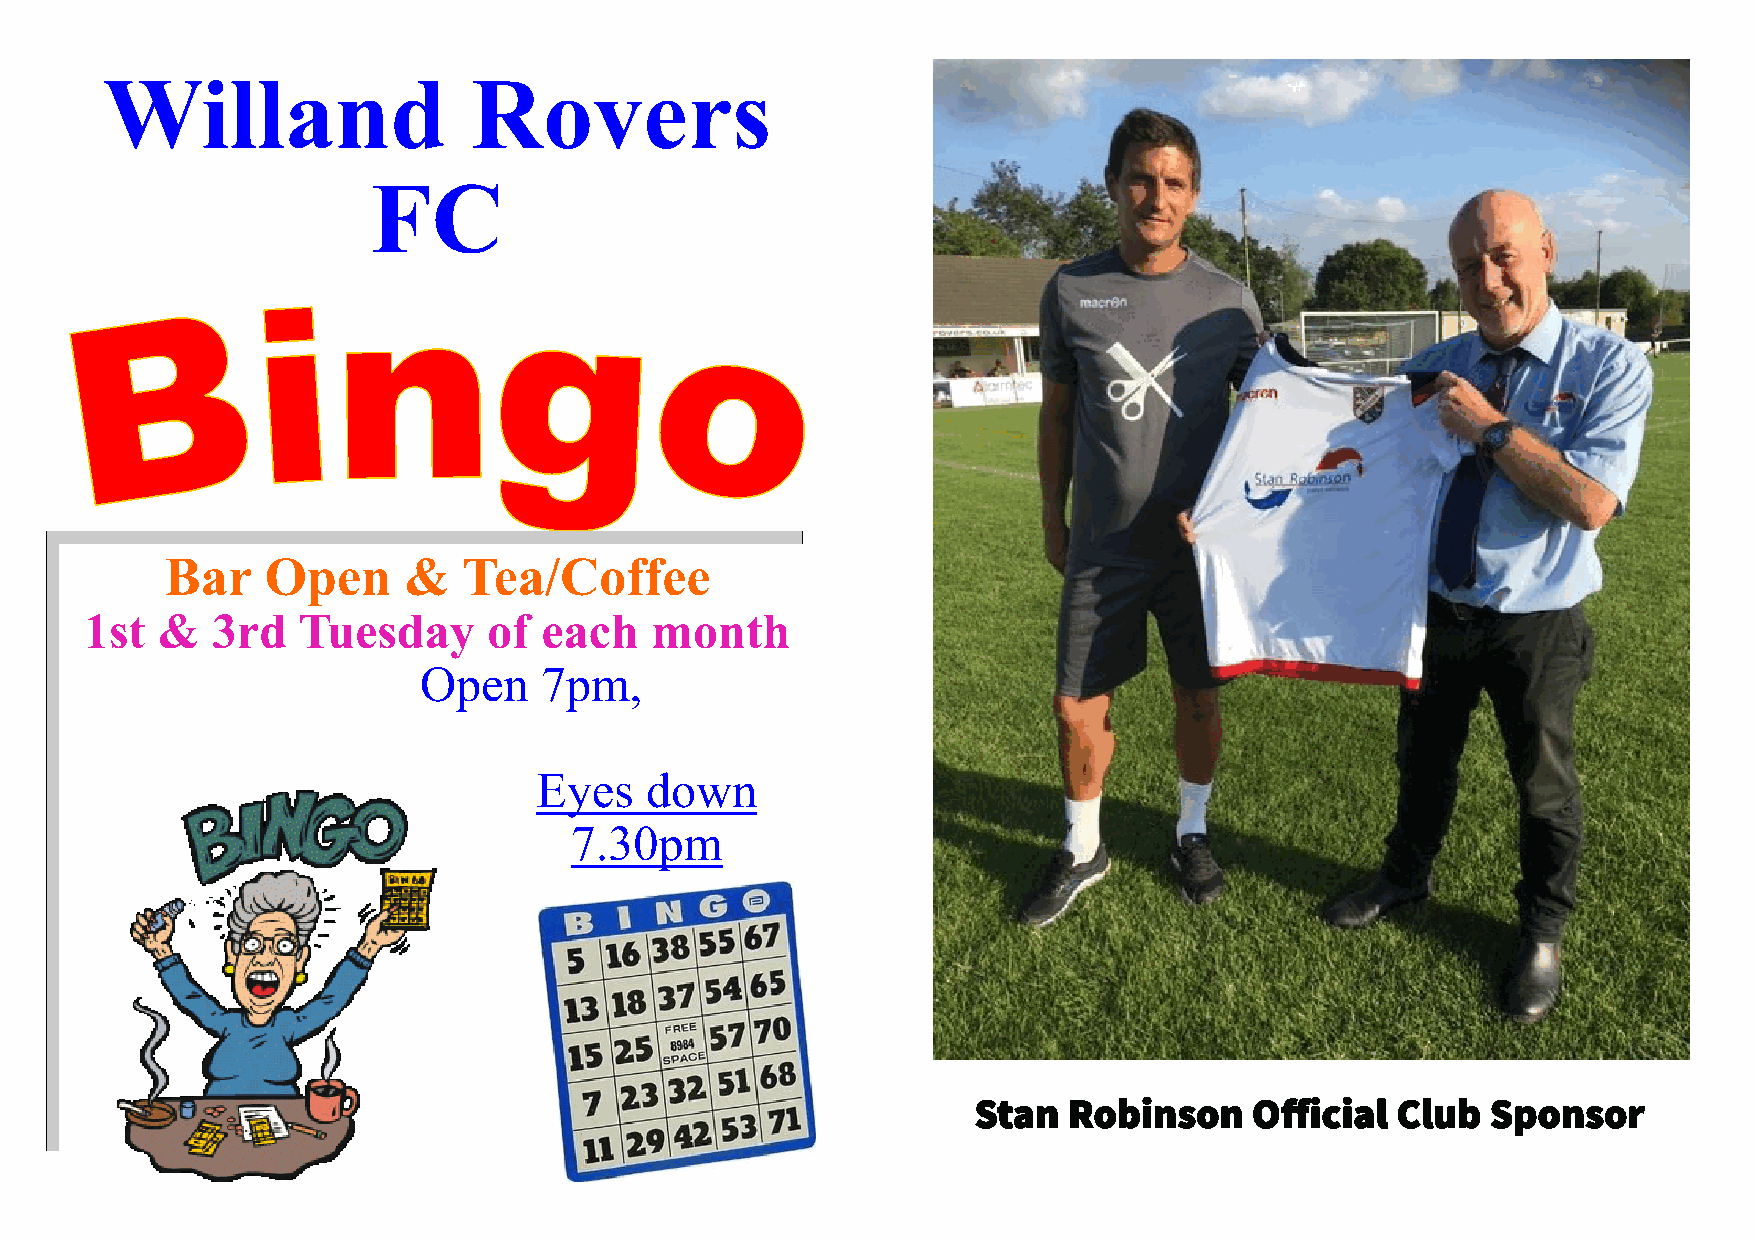
Willand                 Rovers
 FC
 Bar    Open     &   Tea/Coffee
 1st &   3rd   Tuesday     of  each   month
 Open    7pm,
 Eyes    down
 7.30pm
 S tan  Robinson    Official Club   Sponsor